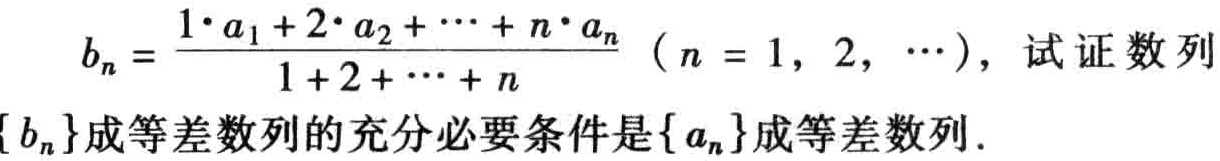
\[
b_{n}=\frac{1\cdot a_{1}+2\cdot a_{2}+\cdots +n\cdot a_{n}}{1 + 2+\cdots +n}\ (n = 1,2,\cdots),\text{ 试证数列 }\{b_{n}\}\text{ 成等差数列的充分必要条件是 }\{a_{n}\}\text{ 成等差数列}.
\]